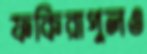
ফকিরাপুলও